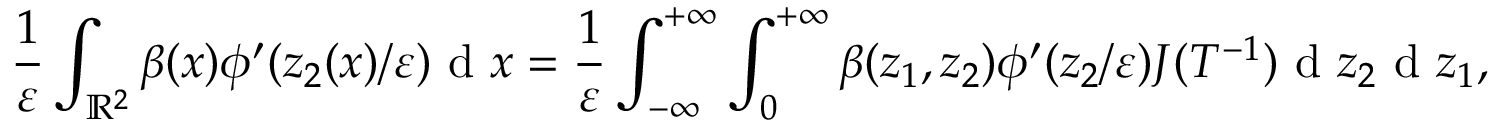
\frac { 1 } { \varepsilon } \int _ { \mathbb { R } ^ { 2 } } \beta ( x ) \phi ^ { \prime } ( z _ { 2 } ( x ) / \varepsilon ) \textrm { d } x = \frac { 1 } { \varepsilon } \int _ { - \infty } ^ { + \infty } \int _ { 0 } ^ { + \infty } \beta ( z _ { 1 } , z _ { 2 } ) \phi ^ { \prime } ( z _ { 2 } / \varepsilon ) J ( T ^ { - 1 } ) \textrm { d } z _ { 2 } \textrm { d } z _ { 1 } ,